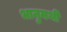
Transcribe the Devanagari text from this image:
भानुमथी